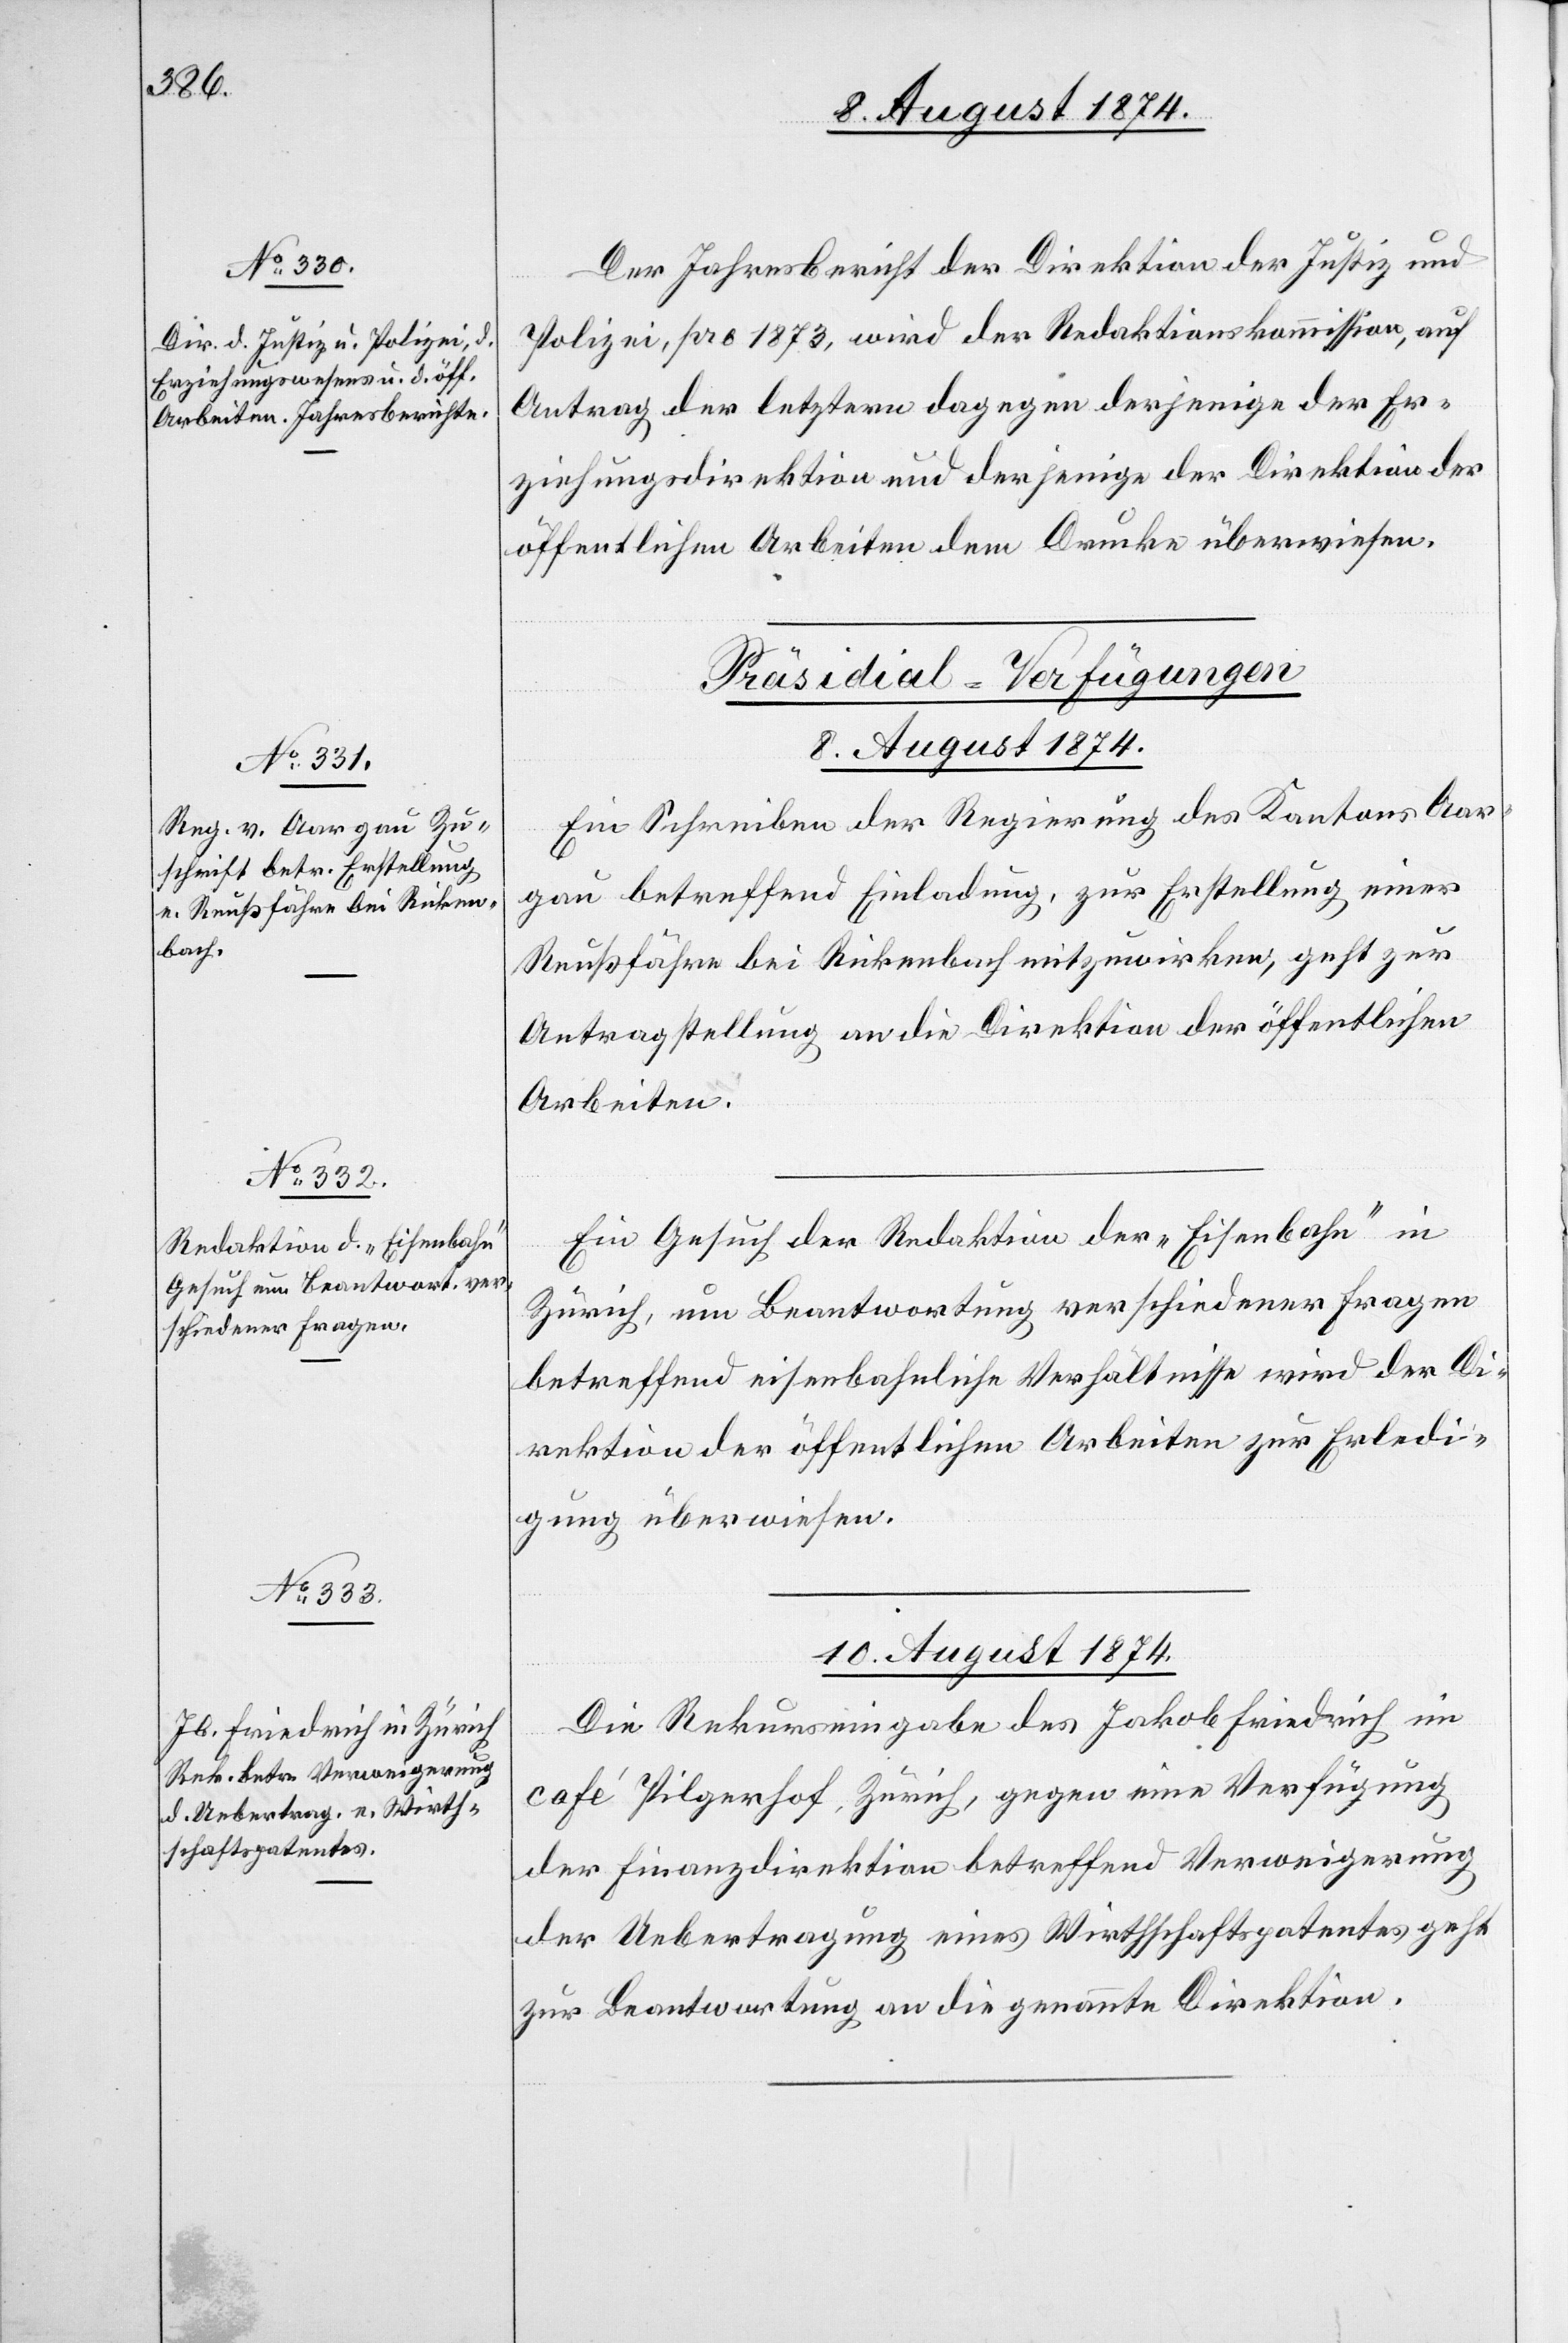
Der Jahresbericht der Direktion der Justiz und
Polizei, pro 1873, wird der Redaktionskommission, auf
Antrag der letztern dagegen derjenige der Er¬
ziehungsdirektion und derjenige der Direktion der
öffentlichen Arbeiten dem Drucke überwiesen.
[Präsidial-Verfügungen]
10. August 1874.
Ein Schreiben der Regierung des Kantons Aar¬
gau betreffend Einladung zur Erstellung einer
Reußfähre bei Rickenbach mitzuwirken, geht zur
Antragstellung an die Direktion der öffentlichen
Arbeiten.
Ein Gesuch der Redaktion der „Eisenbahn“ in
Zürich, um Beantwortung verschiedener Fragen
betreffend eisenbahnliche Verhältnisse wird der Di¬
rektion der öffentlichen Arbeiten zur Erledi¬
gung überwiesen.
Die Rekurseingabe des Jakob Friedrich im
Café Pilgerhof, Zürich, gegen eine Verfügung
der Finanzdirektion betreffend Verweigerung
der Uebertragung eines Wirthschaftspatentes geht
zur Beantwortung an die genannte Direktion.